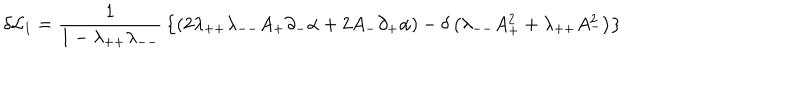
\delta { \cal L } _ { 1 } = { \frac { 1 } { 1 - \lambda _ { + + } \lambda _ { -- } } } \left\{ \left( 2 \lambda _ { + + } \lambda _ { -- } A _ { + } \partial _ { - } \alpha + 2 A _ { - } \partial _ { + } \alpha \right) - \delta \left( \lambda _ { -- } A _ { + } ^ { 2 } + \lambda _ { + + } A _ { - } ^ { 2 } \right) \right\}